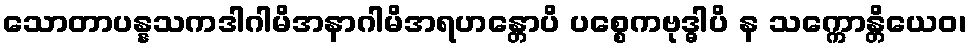
သောတာပန္နသကဒါဂါမိအနာဂါမိအရဟန္တောပိ ပစ္စေကဗုဒ္ဓါပိ န သက္ကောန္တိယေဝ၊